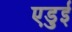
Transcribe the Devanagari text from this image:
एडुई